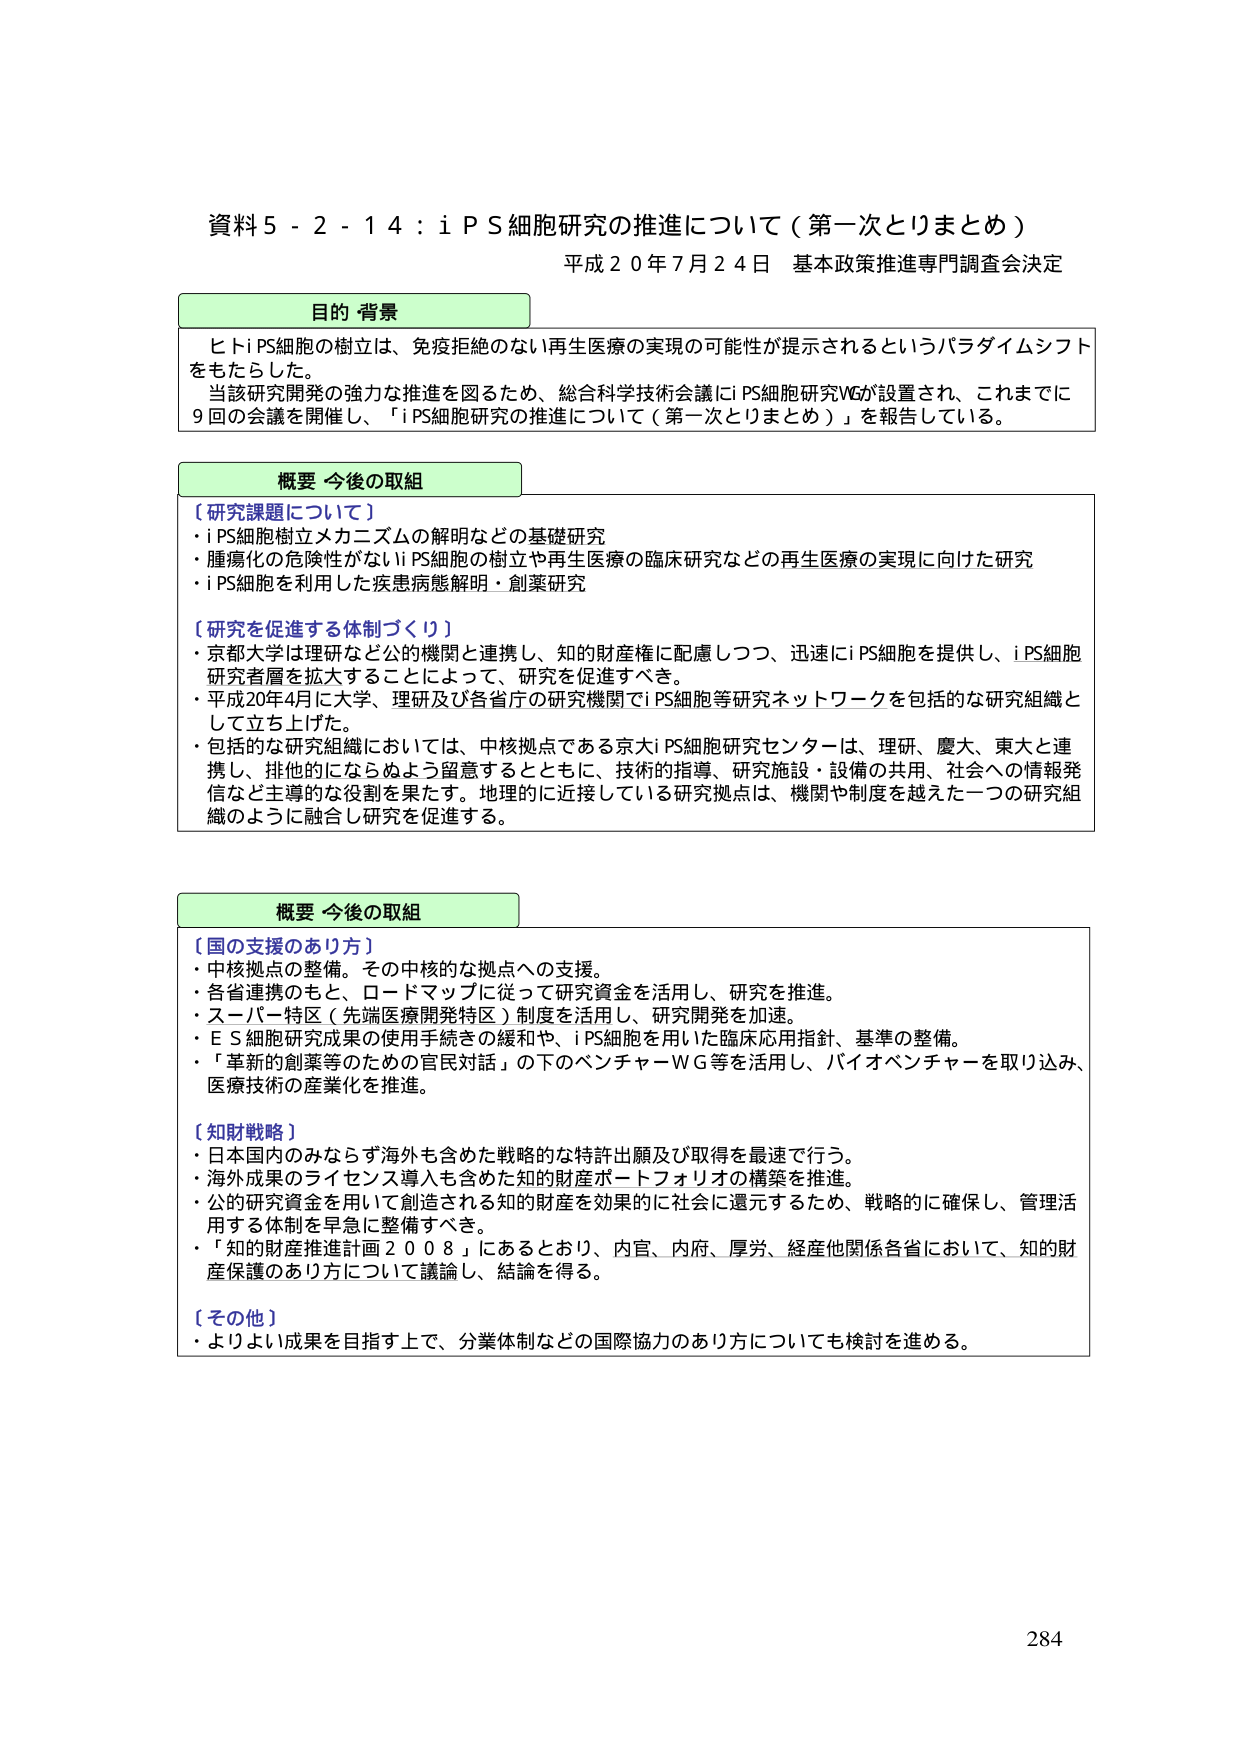
資料５－２－１４：ｉＰＳ細胞研究の推進について（第一次とりまとめ）
平成２０年７月２４日 基本政策推進専門調査会決定

**目的 背景**
ヒトｉＰＳ細胞の樹立は、免疫拒絶のない再生医療の実現の可能性が提示されるというパラダイムシフトをもたらした。
当該研究開発の強力な推進を図るため、総合科学技術会議にｉＰＳ細胞研究ＷＧが設置され、これまでに９回の会議を開催し、「ｉＰＳ細胞研究の推進について（第一次とりまとめ）」を報告している。

**概要 今後の取組**
【研究課題について】
・ｉＰＳ細胞樹立メカニズムの解明などの基礎研究
・腫瘍化の危険性がないｉＰＳ細胞の樹立や再生医療の臨床研究などの再生医療の実現に向けた研究
・ｉＰＳ細胞を利用した疾患病態解明・創薬研究

【研究を促進する体制づくり】
・京都大学は理研など公的機関と連携し、知的財産権に配慮しつつ、迅速にｉＰＳ細胞を提供し、ｉＰＳ細胞研究者層を拡大することによって、研究を促進すべき。
・平成20年4月に大学、理研及び各省庁の研究機関でｉＰＳ細胞等研究ネットワークを包括的な研究組織として立ち上げた。
・包括的な研究組織においては、中核拠点である京大ｉＰＳ細胞研究センターは、理研、慶大、東大と連携し、排他的にならぬよう留意するとともに、技術的指導、研究施設・設備の共用、社会への情報発信など主導的な役割を果たす。地理的に近接している研究拠点は、機関や制度を越えた一つの研究組織のように融合し研究を促進する。

**概要 今後の取組**
【国の支援のあり方】
・中核拠点の整備。その中核的な拠点への支援。
・各省連携のもと、ロードマップに従って研究資金を活用し、研究を推進。
・スーパーモード（先端医療開発特区）制度を活用し、研究開発を加速。
・ＥＳ細胞研究成果の使用手続きの緩和や、ｉＰＳ細胞を用いた臨床応用指針、基準の整備。
・「革新的創薬等のための官民対話」の下のベンチャーＷＧ等を活用し、バイオベンチャーを取り込み、医療技術の産業化を推進。

【知財戦略】
・日本国内のみならず海外も含めた戦略的な特許出願及び取得を最速で行う。
・海外成果のライセンス導入も含めた知的財産ポートフォリオの構築を推進。
・公的研究資金を用いて創造される知的財産を効果的に社会に還元するため、戦略的に確保し、管理活用する体制を早急に整備すべき。
・「知的財産推進計画２００８」にあるとおり、内官、内府、厚労、経産他関係各省において、知的財産保護のあり方について議論し、結論を得る。

【その他】
・よりよい成果を目指す上で、分業体制などの国際協力のあり方についても検討を進める。

284